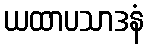
ယထာပသာဒနံ